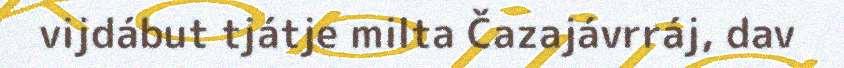
vijdábut tjátje milta Čazajávrráj, dav